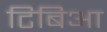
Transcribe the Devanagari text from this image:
टिबिआ